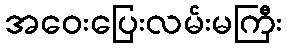
အဝေးပြေးလမ်းမကြီး